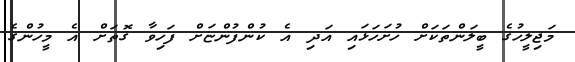
މަޖިލީހުގެ ބީލަންތަކަށް ހުށަހަޅައި އަދި އެ ކުންފުންޏަށް ފަހިވާ ގޮތަށް އެ މީހުންގެ